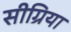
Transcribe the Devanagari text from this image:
सीग्रिया